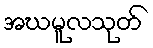
အဃမူလသုတ်